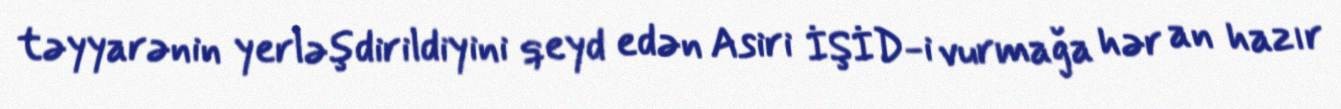
təyyarənin yerləşdirildiyini qeyd edən Asiri İŞİD-i vurmağa hər an hazır